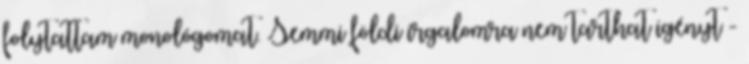
folytattam monológomat. Semmi földi irgalomra nem tarthat igényt -